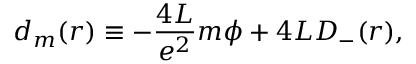
d _ { m } ( r ) \equiv - \frac { 4 L } { e ^ { 2 } } m { \phi } + 4 L D _ { - } ( r ) ,